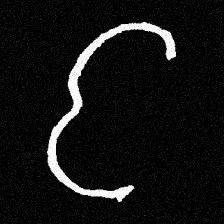
Pyu character \u2014 Myanmar letter: င (romanized: nga)